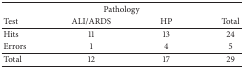
<table><thead><tr><td colspan="4"><b>Pathology</b></td></tr><tr><td><b>Test</b></td><td><b>ALI/ARDS</b></td><td><b>HP</b></td><td><b>Total</b></td></tr></thead><tbody><tr><td>Hits</td><td>11</td><td>13</td><td>24</td></tr><tr><td>Errors</td><td>1</td><td>4</td><td>5</td></tr><tr><td>Total</td><td>12</td><td>17</td><td>29</td></tr></tbody></table>